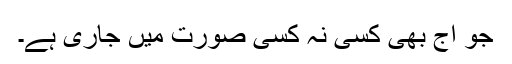
جو آج بھی کسی نہ کسی صورت میں جاری ہے۔